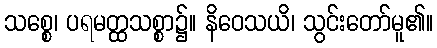
သစ္စေ၊ ပရမတ္ထသစ္စာ၌။ နိဝေသယိ၊ သွင်းတော်မူ၏။